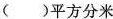
( ) 平 方 分 米$$